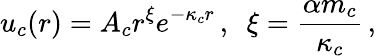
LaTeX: u_{c}(r)=A_{c}r^{\xi}e^{-\kappa_{c}r}\, ,\, \, \, \xi=\frac{\alpha m_{c}}{\kappa_{c}}\, ,